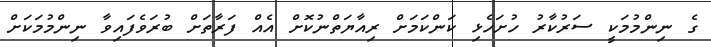
ގެ ނިންމުމަކީ ސަރުކާރު ހުށަހެޅި ކަންކަމަށް ރިއާޔަތްނުކޮށް އެއް ފަރާތަށް ބުރަވެފައިވާ ނިންމުމަކަށް